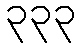
၃၃၃